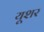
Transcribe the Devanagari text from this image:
यूशर